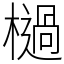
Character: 檛